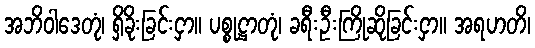
အဘိဝါဒေတုံ၊ ရှိခိုးခြင်းငှာ။ ပစ္စုဋ္ဌာတုံ၊ ခရီးဦးကြိုဆိုခြင်းငှာ။ အရဟတိ၊